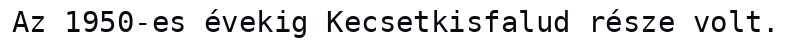
Az 1950-es évekig Kecsetkisfalud része volt.